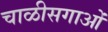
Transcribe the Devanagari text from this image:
चाळीसगाओं